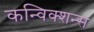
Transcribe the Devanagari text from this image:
कन्विक्शन्स